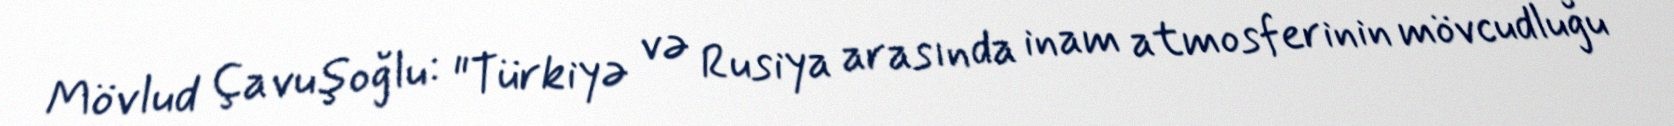
Mövlud Çavuşoğlu: "Türkiyə və Rusiya arasında inam atmosferinin mövcudluğu